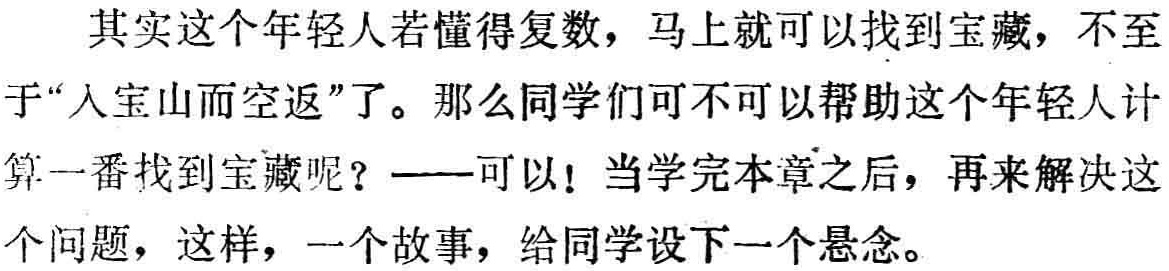
其实这个年轻人若懂得复数，马上就可以找到宝藏，不至于“入宝山而空返”了。那么同学们可不可以帮助这个年轻人计算一番找到宝藏呢？——可以！当学完本章之后，再来解决这个问题，这样，一个故事，给同学设下一个悬念。